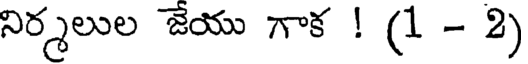
నిర్మలుల జేయు గాక ! (1 - 2)